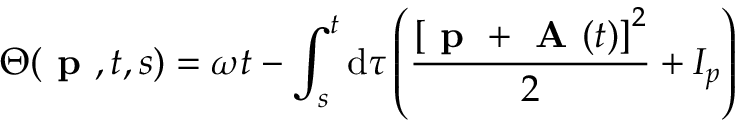
\Theta ( \textbf { p } , t , s ) = \omega t - \int _ { s } ^ { t } \mathrm { d } \tau \left( \frac { \left[ \textbf { p } + \textbf { A } ( t ) \right] ^ { 2 } } { 2 } + I _ { p } \right)